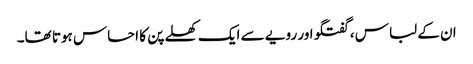
ان کے لباس ، گفتگو اور رویے سے ایک کھلے پن کا احساس ہوتا تھا۔